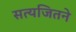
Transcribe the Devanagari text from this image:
सत्यजितने